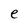
Character: e